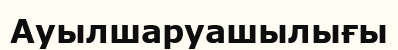
Ауылшаруашылығы